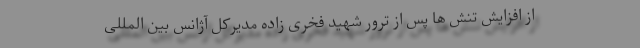
از افزایش تنش ها پس از ترور شهید فخری زاده مدیرکل آژانس بین المللی